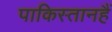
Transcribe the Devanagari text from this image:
पाकिस्तानहैं